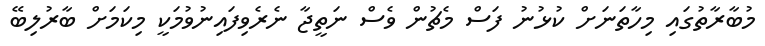
މުބާރާތުގައި މިހާތަނަށް ކުޅުނު ފަސް މެޗުން ވެސް ނަތީޖާ ނެރެވިފައިނުވުމަކީ މިކަމަށް ބާރުލިބޭ